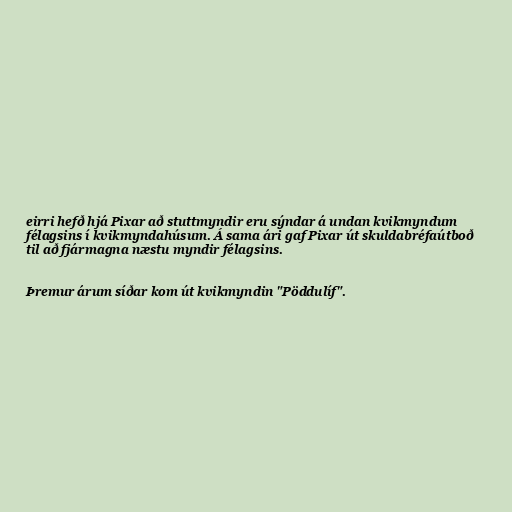
eirri hefð hjá Pixar að stuttmyndir eru sýndar á undan kvikmyndum
félagsins í kvikmyndahúsum. Á sama ári gaf Pixar út skuldabréfaútboð
til að fjármagna næstu myndir félagsins.

Þremur árum síðar kom út kvikmyndin "Pöddulíf".